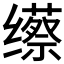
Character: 𱺯